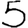
Digit: 5